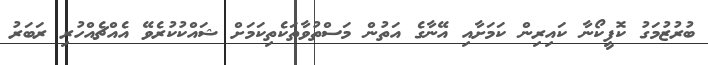
ބުރުޒުމަގު ކޮފީކޯނާ ކައިރިން ކަމަށާއި އޭނާގެ އަތުން މަސްތުވާތަކެތިކަމަށް ޝައްކުކުރެވޭ އެއްޗެއްހުރި ރަބަރު